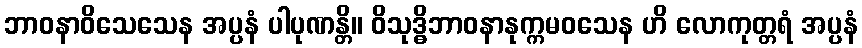
ဘာဝနာဝိသေသေန အပ္ပနံ ပါပုဏန္တိ။ ဝိသုဒ္ဓိဘာဝနာနုက္ကမဝသေန ဟိ လောကုတ္တရံ အပ္ပနံ